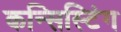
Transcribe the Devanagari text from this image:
कन्सिस्टिंग